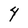
Character: 4